画像に写った文字を読んでください
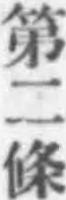
「第二條」と書いてあります